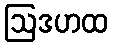
ဩဒဟထ